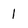
Character: 1